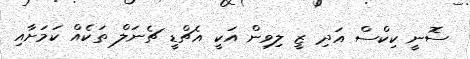
ސޮނީ ކިކްސް އަދި ޒީ ލިވިން އަކީ އެޗްޑީ ޗެނަލް ތަކެއް ކަމަށާއި